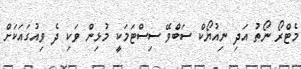
މެޓްރޯ ނޯތު އަދި ނިއުޔޯކް ސަބްވޭ ސިސްޓަމަކީ މުޅިން ވަކި ދެ ވިއުގައަކަށް